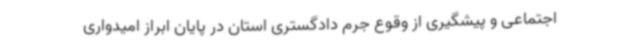
اجتماعی و پیشگیری از وقوع جرم دادگستری استان در پایان ابراز امیدواری